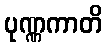
ပုဏ္ဏကာတိ